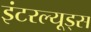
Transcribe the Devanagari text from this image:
इंटरल्यूड्स